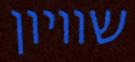
שוויון